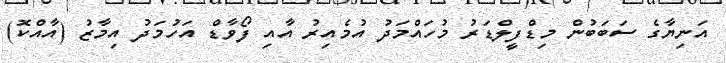
އަނިޔާގެ ސަބަބުން މިޑްފީލްޑަރު މުހައްމަދު އުމެއިރު އާއި ފޯވާޑް އަހުމަދު އިމާޒު (އާއްކޮ)